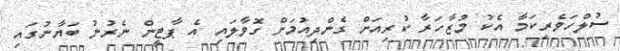
ސުލްހަވެރިކަމާ އެކު މުޒާހަރާ ކުރިއަށް ގެންދިއުމަށް ގޮވާލައި އެ ޕާޓީން ނެރުނު ބަޔާނުގައި